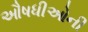
ઔષધીઓની